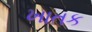
ખાતક